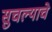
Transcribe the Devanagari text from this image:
सुचल्याचे